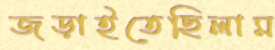
জড়াইতেছিলাম